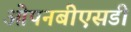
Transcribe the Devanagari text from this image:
ओपनबीएसडी